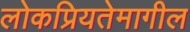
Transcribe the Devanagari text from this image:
लोकप्रियतेमागील